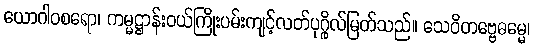
ယောဂါဝစရော၊ ကမ္မဋ္ဌာန်းဝယ်ကြိုးပမ်းကျင့်လတ်ပုဂ္ဂိုလ်မြတ်သည်။ သေဝိတဗ္ဗေဓမ္မေ၊